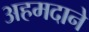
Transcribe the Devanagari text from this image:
अहमदाने